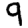
Digit: 9